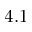
4 . 1